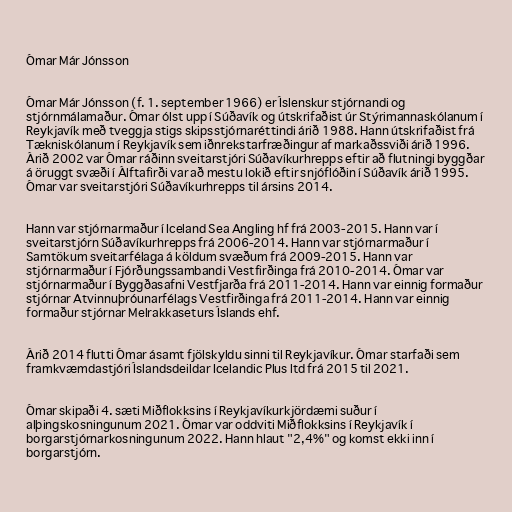
Ómar Már Jónsson

Ómar Már Jónsson (f. 1. september 1966) er Íslenskur stjórnandi og
stjórnmálamaður. Ómar ólst upp í Súðavík og útskrifaðist úr Stýrimannaskólanum í
Reykjavík með tveggja stigs skipsstjórnaréttindi árið 1988. Hann útskrifaðist frá
Tækniskólanum í Reykjavík sem iðnrekstarfræðingur af markaðssviði árið 1996.
Árið 2002 var Ómar ráðinn sveitarstjóri Súðavíkurhrepps eftir að flutningi byggðar
á öruggt svæði í Álftafirði var að mestu lokið eftir snjóflóðin í Súðavík árið 1995.
Ómar var sveitarstjóri Súðavíkurhrepps til ársins 2014.

Hann var stjórnarmaður í Iceland Sea Angling hf frá 2003-2015. Hann var í
sveitarstjórn Súðavíkurhrepps frá 2006-2014. Hann var stjórnarmaður í
Samtökum sveitarfélaga á köldum svæðum frá 2009-2015. Hann var
stjórnarmaður í Fjórðungssambandi Vestfirðinga frá 2010-2014. Ómar var
stjórnarmaður í Byggðasafni Vestfjarða frá 2011-2014. Hann var einnig formaður
stjórnar Atvinnuþróunarfélags Vestfirðinga frá 2011-2014. Hann var einnig
formaður stjórnar Melrakkaseturs Íslands ehf.

Árið 2014 flutti Ómar ásamt fjölskyldu sinni til Reykjavíkur. Ómar starfaði sem
framkvæmdastjóri Íslandsdeildar Icelandic Plus ltd frá 2015 til 2021.

Ómar skipaði 4. sæti Miðflokksins í Reykjavíkurkjördæmi suður í
alþingskosningunum 2021. Ómar var oddviti Miðflokksins í Reykjavík í
borgarstjórnarkosningunum 2022. Hann hlaut "2,4%" og komst ekki inn í
borgarstjórn.